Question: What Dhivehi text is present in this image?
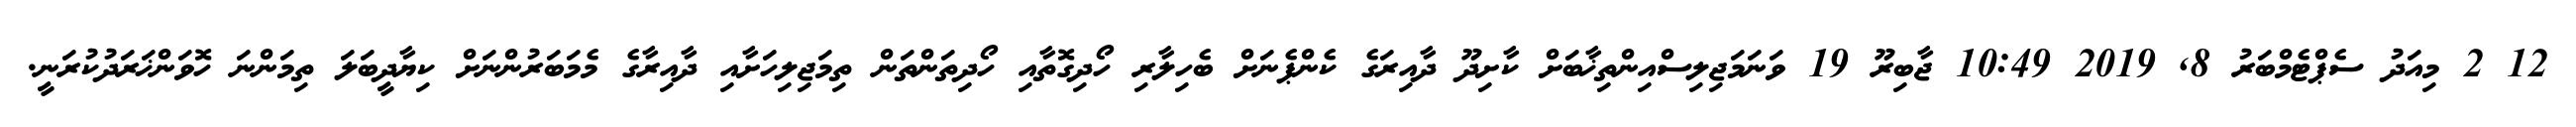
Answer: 12 2 މިއަދު ސެޕްޓެމްބަރު 8, 2019 10:49 ޖާބިރޫ 19 ވަނަމަޖިލިސްއިންތިޚާބަށް ކާށިދޫ ދާއިރަގެ ކެންޕެނަށް ބެހިލާރި ހޯދިގޮތާއި ހޯދިތަންތަން ތިމަޖިލިހަށާއި ދާއިރާގެ މެމަބަރުންނަށް ކިޔާދީބަލަ ތިމަންނަ ހޮވަންޚަރަދުކުރަނީ.